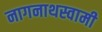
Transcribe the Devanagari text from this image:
नागनाथस्वामी